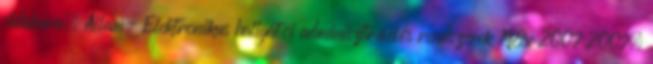
oldalaira. Állam- Elektronikus hallgatói adminisztrációs rendszerek 198x 2007 2007.